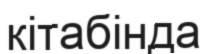
кітабінда